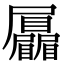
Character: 𡳻